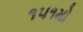
૧૫૧મો